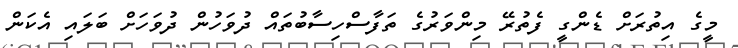
މީގެ އިތުރަށް ޑެންގީ ފެތުރޭ މިންވަރުގެ ތަފާސްހިސާބުތައް ދުވަހުން ދުވަހަށް ބަލައި އެކަން